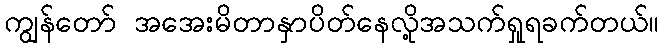
ကျွန်တော် အအေးမိတာနှာပိတ်နေလို့အသက်ရှုရခက်တယ်။